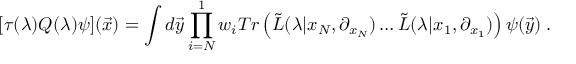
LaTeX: [ \tau ( \lambda ) Q ( \lambda ) \psi ] ( { \vec { x } } ) = \int d { \vec { y } } \prod _ { i = N } ^ { 1 } w _ { i } T r \left( { \tilde { L } } ( \lambda | x _ { N } , \partial _ { x _ { N } } ) \ldots { \tilde { L } } ( \lambda | x _ { 1 } , \partial _ { x _ { 1 } } ) \right) \psi ( { \vec { y } } ) \; .